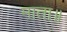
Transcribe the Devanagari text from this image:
माता॥